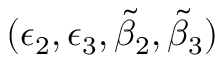
( \epsilon _ { 2 } , \epsilon _ { 3 } , \widetilde { \beta } _ { 2 } , \widetilde { \beta } _ { 3 } )